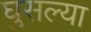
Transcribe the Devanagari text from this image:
घुसल्या